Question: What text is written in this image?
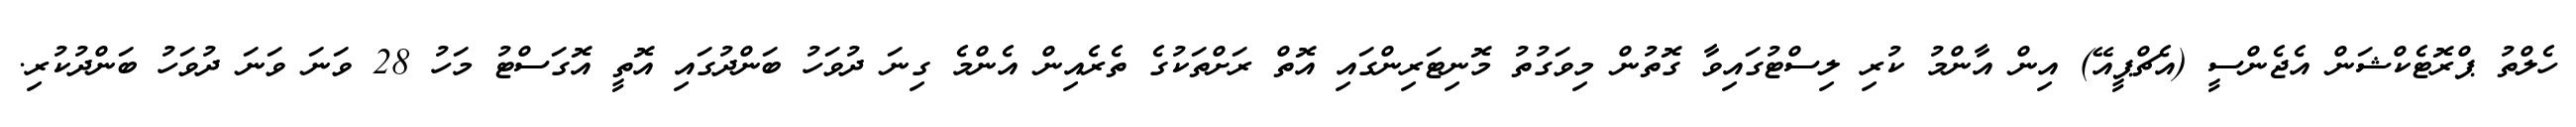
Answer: ހެލްތު ޕްރޮޓެކްޝަން އެޖެންސީ (އެޗްޕީއޭ) އިން އާންމު ކުރި ލިސްޓުގައިވާ ގޮތުން މިވަގުތު މޮނިޓަރިންގައި އޮތް ރަށްތަކުގެ ތެރެއިން އެންމެ ގިނަ ދުވަހު ބަންދުގައި އޮތީ އޮގަސްޓު މަހު 28 ވަނަ ވަނަ ދުވަހު ބަންދުކުރި.